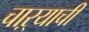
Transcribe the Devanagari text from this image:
चाऱ्याची